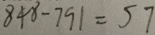
8 4 8 - 7 9 1 = 5 7